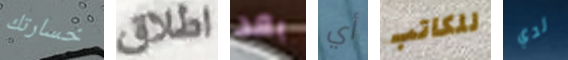
خسارتك اطلاق بعد أي للكاتب لدي